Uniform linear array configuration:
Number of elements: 8
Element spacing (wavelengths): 0.75
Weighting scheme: exponential
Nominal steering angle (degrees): -15
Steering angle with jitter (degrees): -15.558
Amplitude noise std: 0.05
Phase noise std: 0.05

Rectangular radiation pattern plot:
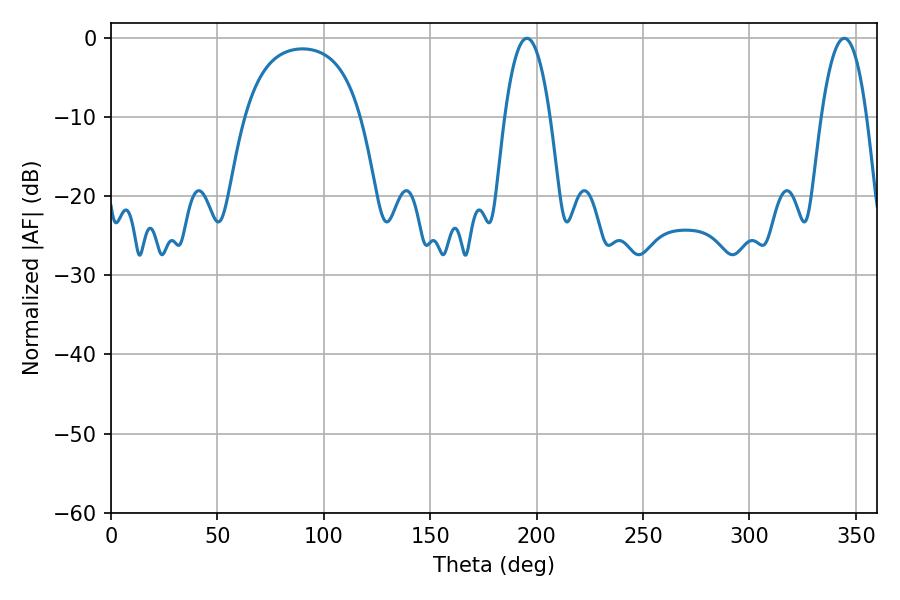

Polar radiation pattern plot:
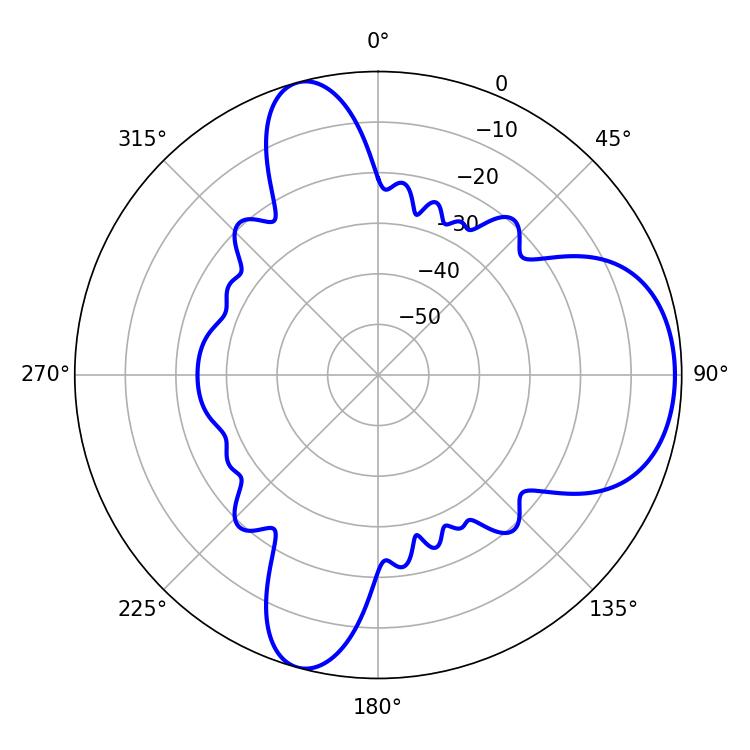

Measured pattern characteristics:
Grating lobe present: TRUE
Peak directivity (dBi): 7.657
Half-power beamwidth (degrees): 11.88
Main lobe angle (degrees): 195.48